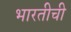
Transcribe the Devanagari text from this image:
भारतीची